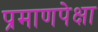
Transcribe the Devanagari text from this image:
प्रमाणपेक्षा